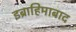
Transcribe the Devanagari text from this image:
इब्राहिमाबाद